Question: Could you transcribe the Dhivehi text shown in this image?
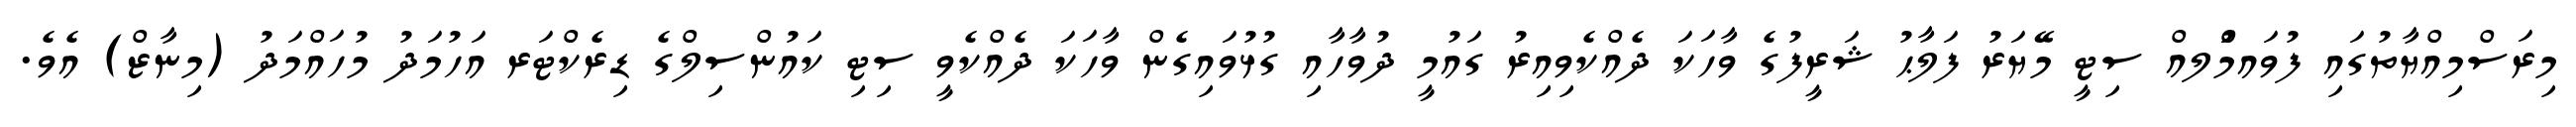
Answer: މިރަސްމިއްޔާތުގައި ފުވައމްުަލއް ސިޓީ މޭޔަރު ފަލާޙު ޝަރީފުގެ ވާހަކަ ދެއްކެވިއިރު ގައުމީ ދުވާހާއި ގުޅުވައިގެން ވާހަކަ ދެއްކެވީ ސިޓި ކައުންސިލްގެ ޑިރެކްޓަރ އަހުމަދު މުހައްމަދު (މިނާޒް) އެވެ.